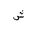
Letter: _shin